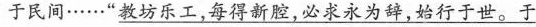
于民间……”\underline{教坊乐工，每得新腔，必求永为辞，始行于世。于}